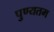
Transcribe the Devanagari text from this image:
पुण्यतम